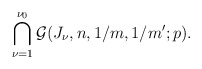
\begin{align*}\bigcap_{\nu=1}^{\nu_0} \mathcal{G}(J_\nu,n,1/m,1/m';p).\end{align*}